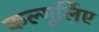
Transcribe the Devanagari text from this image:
कल्गूर्लिए